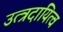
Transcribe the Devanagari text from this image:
उत्त्रदायित्व